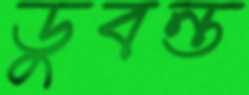
ডুবন্ত